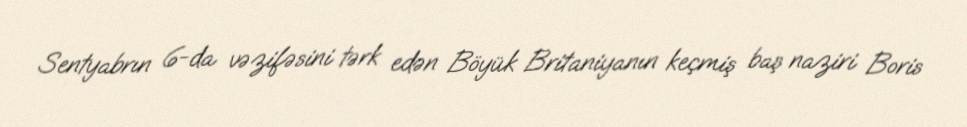
Sentyabrın 6-da vəzifəsini tərk edən Böyük Britaniyanın keçmiş baş naziri Boris